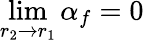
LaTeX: \operatorname*{lim}_{r_{2}\to r_{1}}\alpha_{f}=0